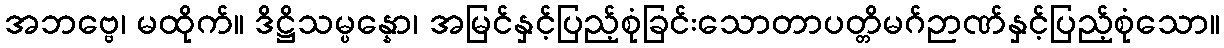
အဘဗ္ဗေ၊ မထိုက်။ ဒိဋ္ဌိသမ္ပန္နော၊ အမြင်နှင့်ပြည့်စုံခြင်းသောတာပတ္တိမဂ်ဉာဏ်နှင့်ပြည့်စုံသော။